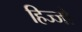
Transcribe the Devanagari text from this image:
हिज्जो